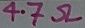
Text: 4.7Ω